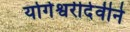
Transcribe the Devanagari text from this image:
योगेश्वरीदेवीने